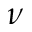
\nu